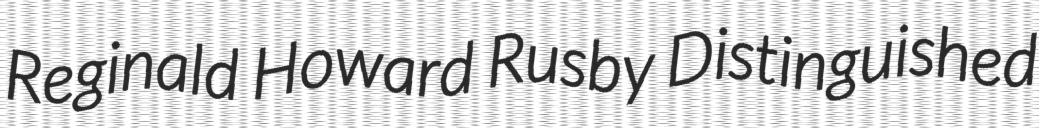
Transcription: Reginald Howard Rusby Distinguished